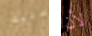
عليك لأن